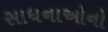
સાધનાઓનો